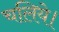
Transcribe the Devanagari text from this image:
चलिये।